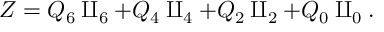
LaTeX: Z = Q _ { 6 } \amalg _ { 6 } + Q _ { 4 } \amalg _ { 4 } + Q _ { 2 } \amalg _ { 2 } + Q _ { 0 } \amalg _ { 0 } .